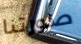
صورتنا